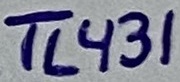
Text: TL431